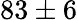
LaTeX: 83\pm 6